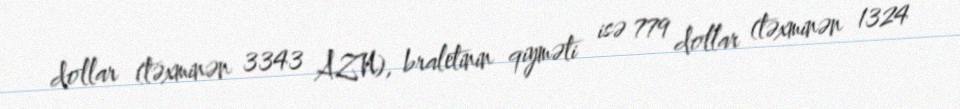
dollar (təxminən 3343 AZN), braletinin qiyməti isə 779 dollar (təxminən 1324